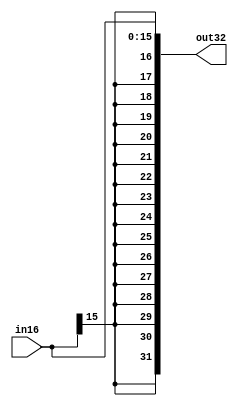
`timescale 1ns/1ns
module sign_ext (
    input [15:0] in16,
    output [31:0] out32
);
assign out32 = { {16{in16[15]}},in16[15:0]};
endmodule